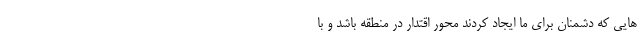
هایی که دشمنان برای ما ایجاد کردند محور اقتدار در منطقه باشد و با